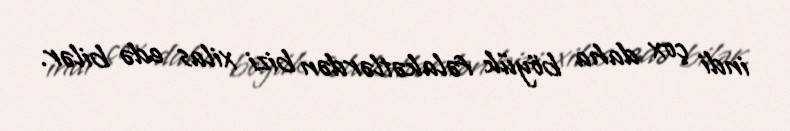
indi çox daha böyük fəlakətlərdən bizi xilas edə bilər.